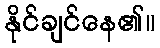
နိုင်ချင်နေ၏။